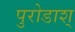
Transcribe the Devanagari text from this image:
पुरोडाश्